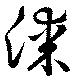
謀